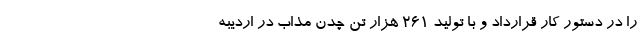
را در دستور کار قرارداد و با تولید ۲۶۱ هزار تن چدن مذاب در اردیبه